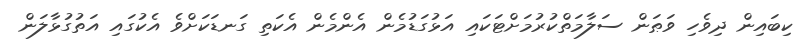
ކިބައިން ދިވެހި ވަޠަން ސަލާމަތްކުރުމަށްޓަކައި އަޅުގަޑުމެން އެންމެން އެކަތި ގަނޑަކަށްވެ އެކުގައި އަތުގުޅާލަން